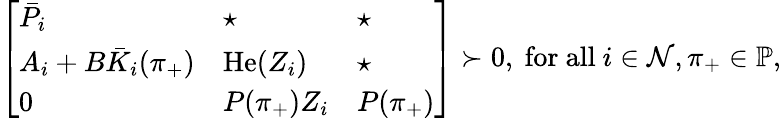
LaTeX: \left[\begin{array}{l}{\begin{array}{lll}{\bar{P}_{i}}&{\star}&{\star}\\ {A_{i}+B\bar{K}_{i}(\pi_{+})}&{\operatorname{He}(Z_{i})}&{\star}\\ {0}&{P(\pi_{+})Z_{i}}&{P(\pi_{+})}\end{array}}\end{array}\right]\succ 0,\mathrm{~for~all~}i\in\mathcal{N},\pi_{+}\in\mathbb{P},